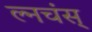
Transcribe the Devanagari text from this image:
ल्नचंस्